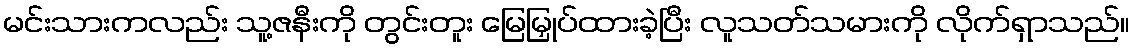
မင်းသားကလည်း သူ့ဇနီးကို တွင်းတူး မြေမြှုပ်ထားခဲ့ပြီး လူသတ်သမားကို လိုက်ရှာသည်။